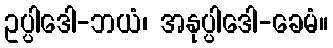
ဥပ္ပါဒေါ-ဘယံ၊ အနုပ္ပါဒေါ-ခေမံ။